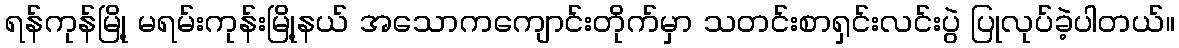
ရန်ကုန်မြို့ မရမ်းကုန်းမြို့နယ် အသောကကျောင်းတိုက်မှာ သတင်းစာရှင်းလင်းပွဲ ပြုလုပ်ခဲ့ပါတယ်။